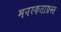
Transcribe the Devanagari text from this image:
मनस्कताग्रस्त